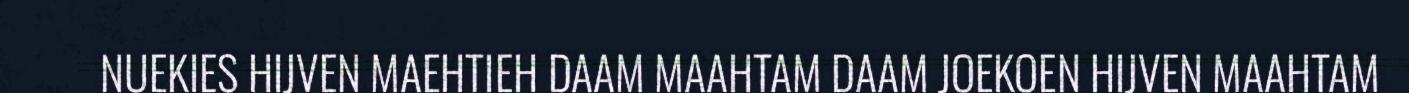
NUEKIES HIJVEN MAEHTIEH DAAM MAAHTAM DAAM JOEKOEN HIJVEN MAAHTAM